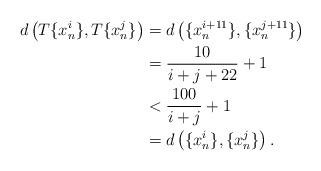
LaTeX: \begin{align*}d\left(T \{x_n^i\},T \{x_n^j\}\right) &= d\left( \{x_n^{i+11}\}, \{x_n^{j+11}\}\right)\\&= \frac{10}{i+j+22}+1\\&< \frac{100}{i+j}+1\\&= d\left(\{x_n^i\},\{x_n^j\}\right).\end{align*}